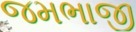
જમભાજી